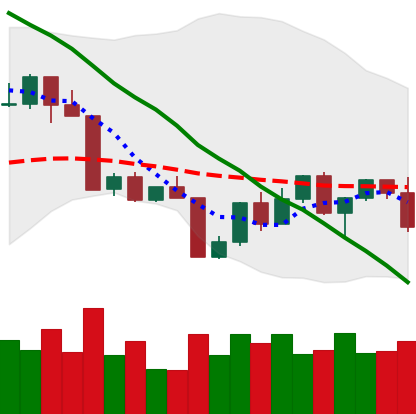
Ticker: LTC-USD
Chart end date: 2022-04-21
Forward return: -8.031%
Label: down_7plus